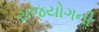
રાજયોગની